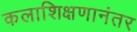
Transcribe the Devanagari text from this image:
कलाशिक्षणानंतर